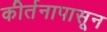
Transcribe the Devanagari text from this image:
कीर्तनापासून